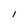
Character: l